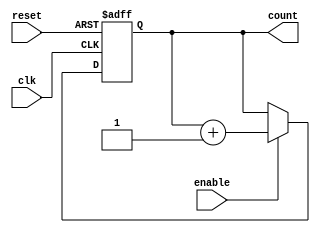
module UpCounterWithEnable (
    input wire clk,        // Clock input
    input wire enable,     // Enable signal
    input wire reset,      // Asynchronous reset signal
    output reg [N-1:0] count // Counter output (N bits)
);
    parameter N = 4; // Define the width of the counter (e.g., 4 bits)

    // Always block triggered on the rising edge of the clock
    always @(posedge clk or posedge reset) begin
        if (reset) begin
            count <= 0; // Reset the counter to 0
        end else if (enable) begin
            count <= count + 1; // Increment the counter
        end
        // If enable is low, the counter retains its current value
    end
endmodule